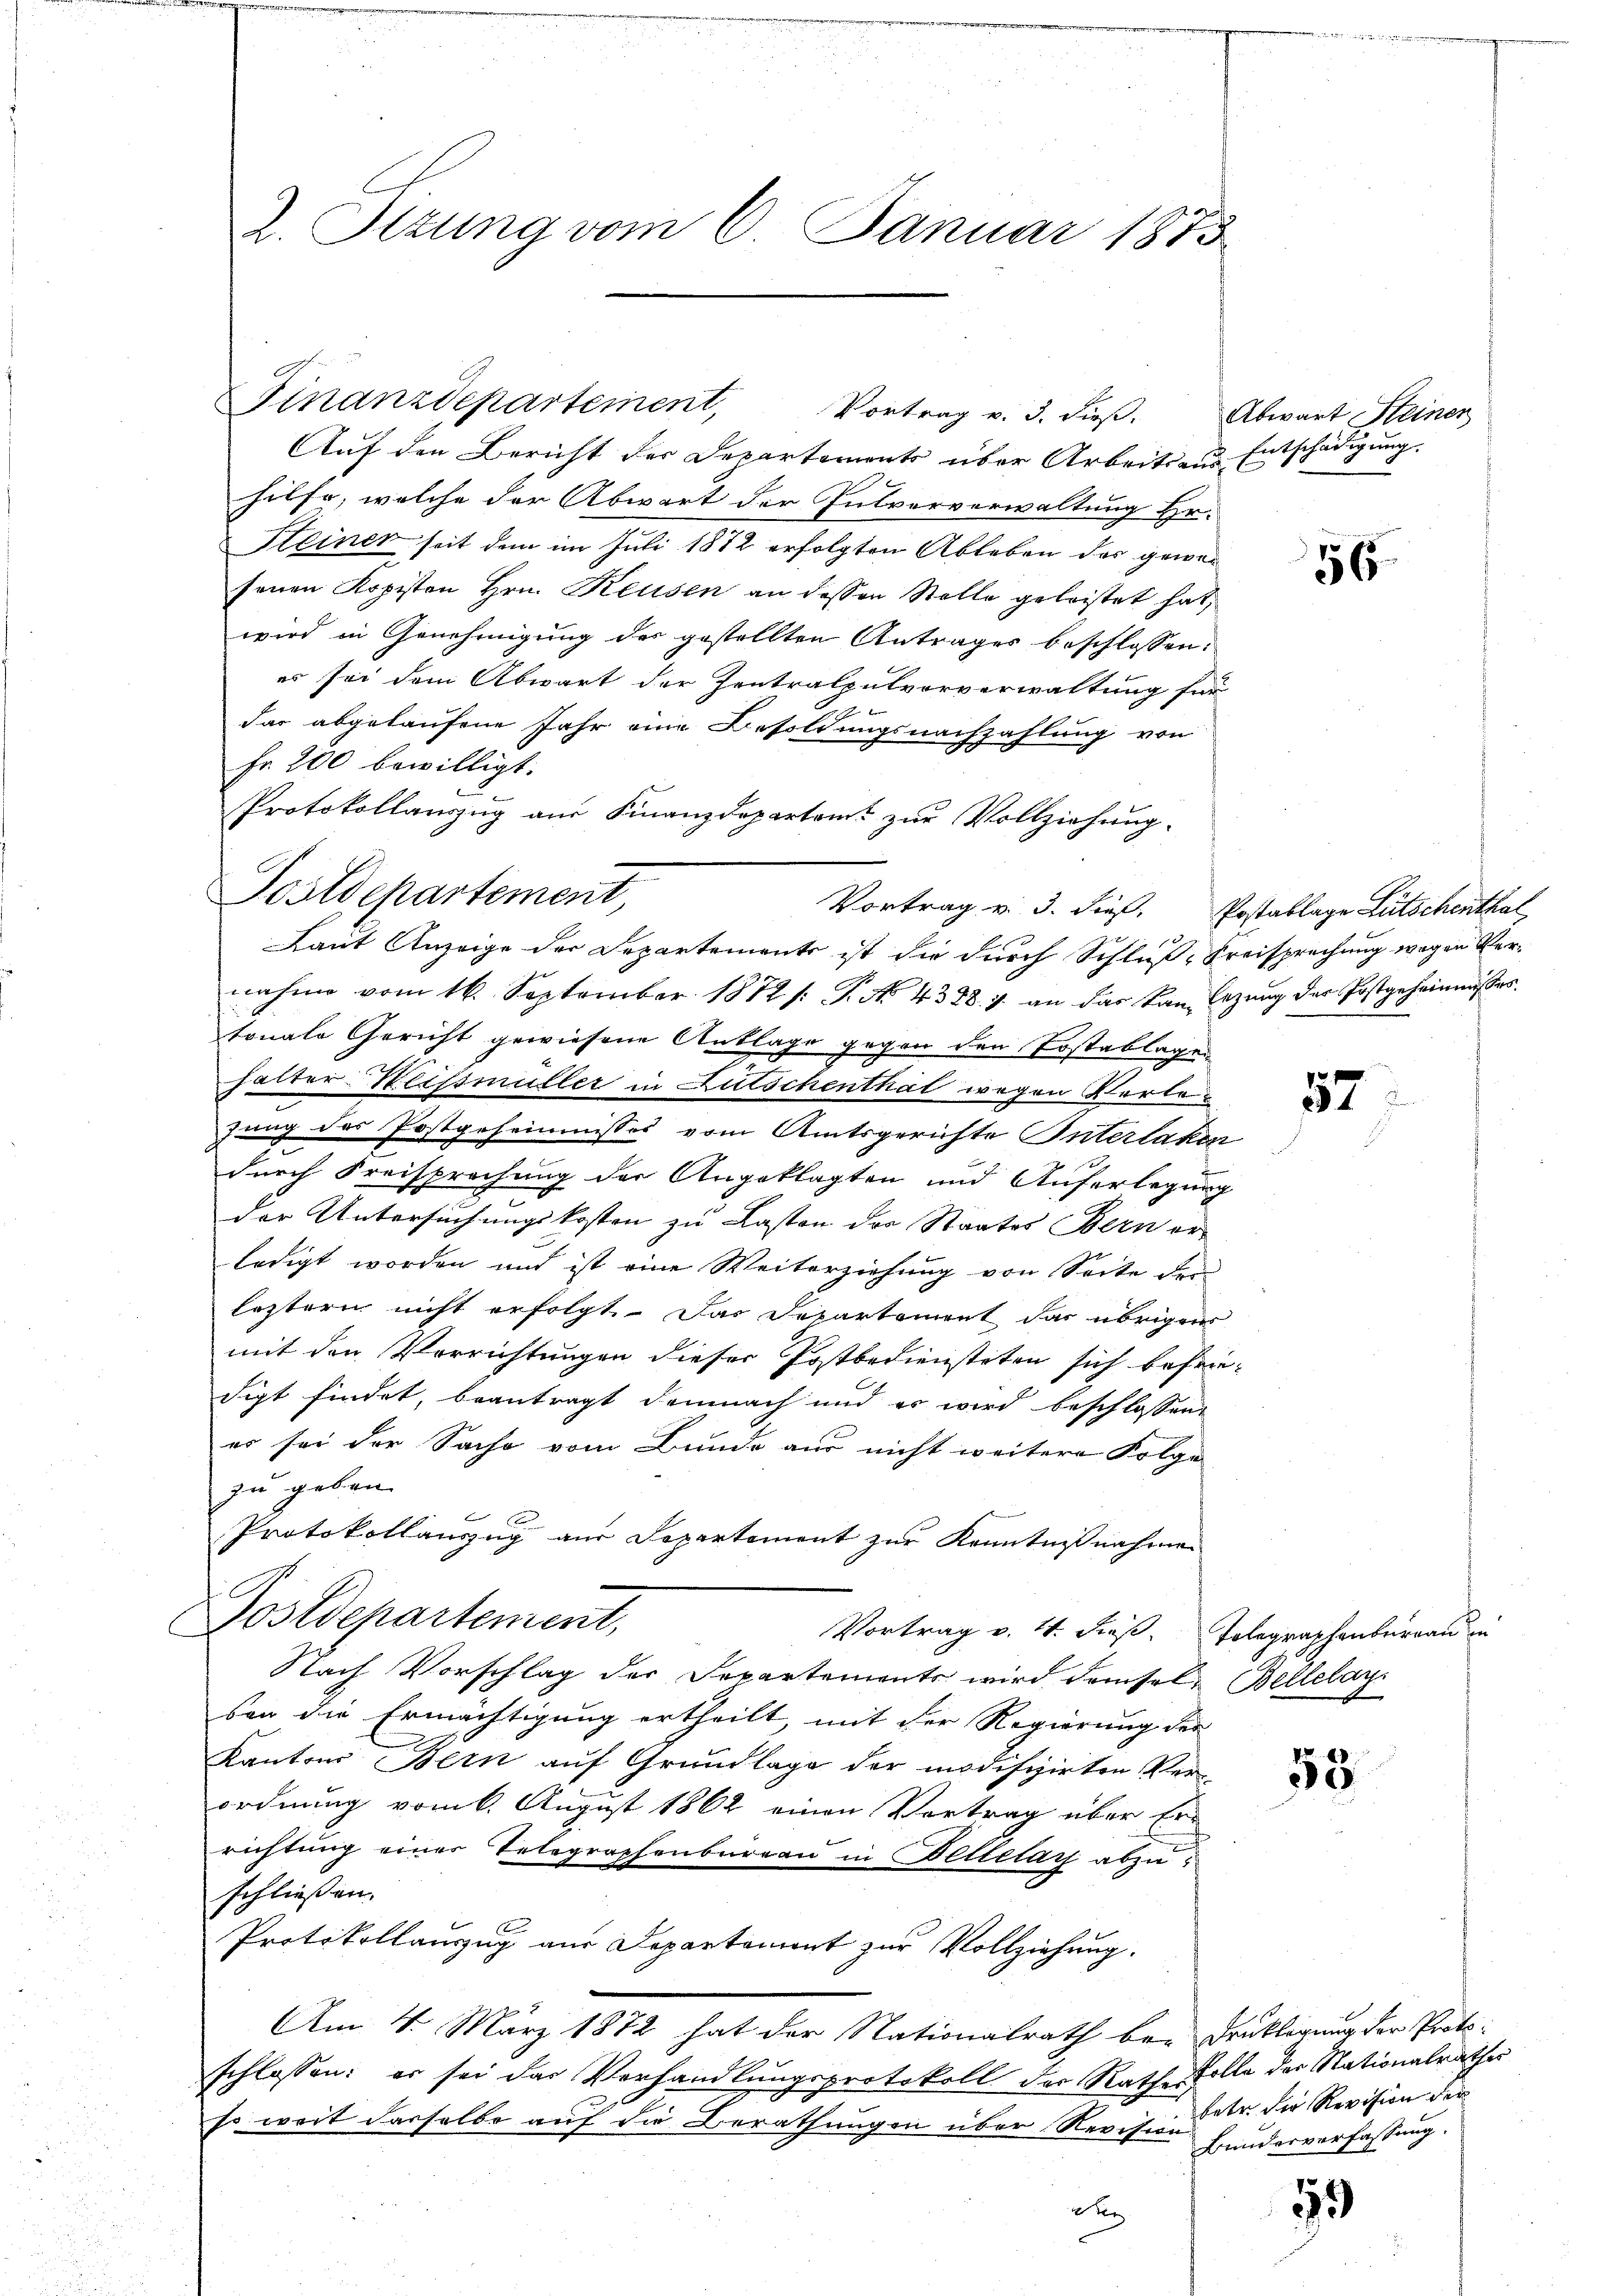
Auf den Bericht der Departements über Arbeitsans Entschädigung.
hilfe, welche der Abwart der Entvorverwaltung Hr.
Steiner seit dem im Juli 1872 erfolgten Ableben das gewarsenen Kopiston Hrn. Reusen an dessen Stelle geleistet hat,
wird in Genehmigung des gestellten Antrages beschlossen:
es sei dem Abwart der Zentralpulvorverwaltung für
das abgelaufene Jahr eine Besoldungsnachzahlung von
Fr. 200 bewilligt:
Protokollanzug aus Finanzdepartamt zur Vollziehung.
Postdepartement,

Vortrag v. 3. dieß. Postablage Litschenthal,

2. Sizung vom 6. Januar 1873

Finanzdepartement,

Vortrag v. 3. dieß.

Laut Anzeige der Departements ist die durch Schluß, Kreisprechung wegen Vernahme vom 16. September 1872 /: P. No. 4328. 7. an das Kanlegung des Postgeheimisses.
tonale Gericht gewiesene Anklage gegen den Kostablagen
halter-Weissmüller in Kutschenthal wegen Verlezung des Postgeheimnisses vom Amtsgerichte Interlaken
durch Freisprechung der Angeklagten und Auferlegung
der Untersuchungskosten zu Lasten der Staates Bern er
ledigt worden und ist eine Weiterziehung von Seite der
leztern nicht erfolgt. Das Departement das übrigens
mit den Verrichtungen dieser Postbediensteten sich befriedigt findet, beantragt demnach und er wird beschlossen,
er sei der Sache vom Bunde aus nicht weitere Folge
zu geben.
Protokollauszug aus Departement zur Kenntnißnahmen
Postdepartement,
Vortrag v. 4. dieß. Telegraphenburgau in
Nach Vorschlag der Separtements wird demsel- Bellelay.
von die Ermächtigung ertheilt, mit der Regierung der
Kantons Bern auf Grundlage der modifizirten Verordnung vom 6. August 1862 einen Vortrag über Erd
richtung einer Telegraphenbureau in Bettelay abzuschließen.
Protokollauszug aus Departement zur Vollziehung.
Am 4. März 1872 hat der Nationalrath bei Druklegung der Proto-
schlossen: er sei das Verhandlungsprotokoll der Rath Kolle der Nationalrathes
so weit dasselbe auf die Berathungen über Revisinstr. die Revision der

de

Abwart Steiner

56

57

e

53

Bunderverfassung.

55